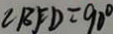
\angle B F D = 9 0 ^ { \circ }